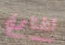
تختاري